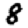
Digit: 8